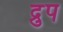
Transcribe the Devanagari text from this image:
द्रुप